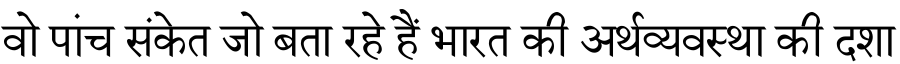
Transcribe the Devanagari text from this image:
वो पांच संकेत जो बता रहे हैं भारत की अर्थव्यवस्था की दशा